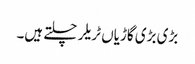
بڑی بڑی گاڑیاں ٹریلر چلتے ہیں۔